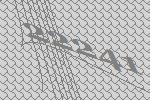
22241